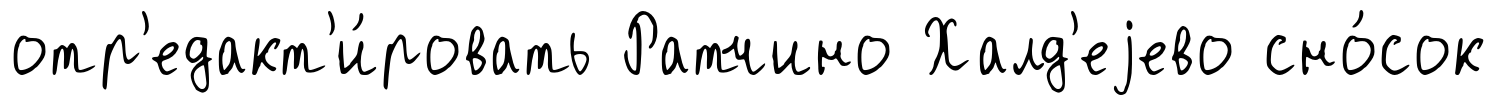
отр'едакт'и́ровать Ратчино Халд'еjево сно́сок